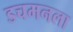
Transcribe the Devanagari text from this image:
डचमनला